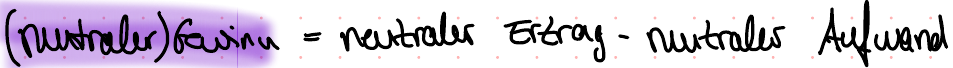
(neutraler) Gewinn = neutraler Ertrag - neutraler Aufwand